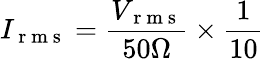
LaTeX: I_{\mathrm{~r~m~s~}}=\frac{V_{\mathrm{~r~m~s~}}}{50\Omega}\times\frac{1}{10}